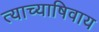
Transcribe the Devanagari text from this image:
त्याच्याषिवाय